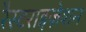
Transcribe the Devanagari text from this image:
रैस्टराइज़ेशन